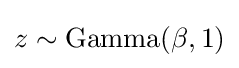
z\sim {\text{Gamma}}(\beta ,1)